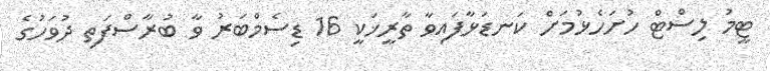
ޓީމު ލިސްޓް ހުށަހެޅުމަށް ކަނޑަޅާފައިވާ ތާރީޚަކީ 16 ޑިސެމްބަރު ވާ ބުރާސްފަތި ދުވަހުގެ